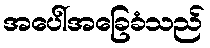
အပေါ်အခြေခံသည်